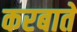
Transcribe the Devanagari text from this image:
करबाते